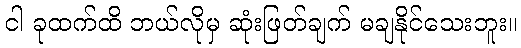
ငါ ခုထက်ထိ ဘယ်လိုမှ ဆုံးဖြတ်ချက် မချနိုင်သေးဘူး။